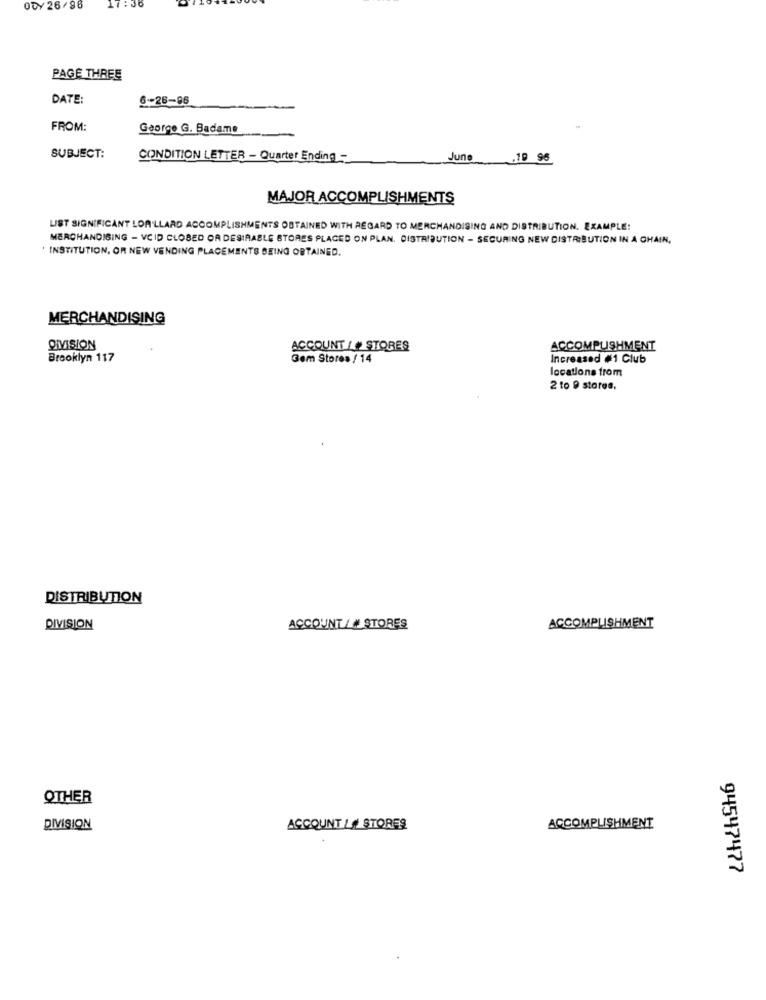
ODY 26/96
17:30
PAGE THREE
DATE:
S -- 26-86
FROM:
George G. Badams
SUBJECT:
CONDITION LETTER - Quarter Ending -
June
.19 96
MAJOR ACCOMPLISHMENTS
LIST SIGNIFICANT LORILLARD ACCOMPLISHMENTS OBTAINED WITH REGARD TO MERCHANDISING AND DISTRIBUTION. EXAMPLE:
MERCHANDISING - VCID CLOSED OR DESIRABLE STORES PLACED ON PLAN. DISTRIBUTION - SECURING NEW DISTRIBUTION IN A CHAIN,
INSTITUTION, OR NEW VENDING PLACEMENTS BEING OBTAINED.
MERCHANDISING
DIVISION
ACCOUNT / # STORES
ACCOMPLISHMENT
Brooklyn 117
Gem Stores / 14
Increased #1 Club
locations from
2 to 9 stores.
DISTRIBUTION
DIVISION
ACCOUNT/ # STORES
ACCOMPLISHMENT
OTHER
DIVISION
ACCOUNT / # STORES
ACCOMPLISHMENT
94547477